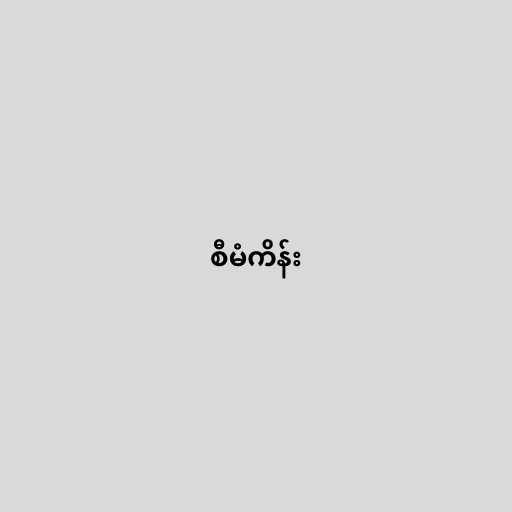
စီမံကိန်း